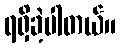
ရရှိခဲ့ပါတယ်။